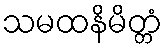
သမထနိမိတ္တံ